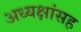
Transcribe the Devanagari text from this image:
अध्यक्षांसह